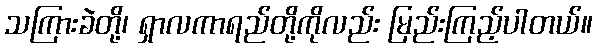
သကြားခဲတို့၊ ရှာလကာရည်တို့ကိုလည်း မြည်းကြည့်ပါတယ်။